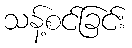
သန့်စင်ခြင်း